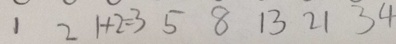
1 2 1 + 2 = 3 5 8 1 3 2 1 3 4